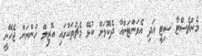
މެންޗެސްޓާ ސިޓީ އަދި އެވަންޓަންއާ ދެކޮޅަށް ކުޅޭ މެޗުތަކުގައި އޮޒިލް ހުންނަން ޖެހޭނީ